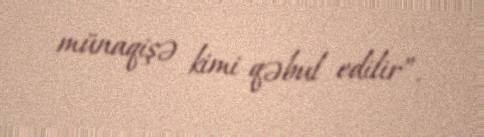
münaqişə kimi qəbul edilir”.